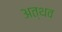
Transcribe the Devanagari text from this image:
अत्थव